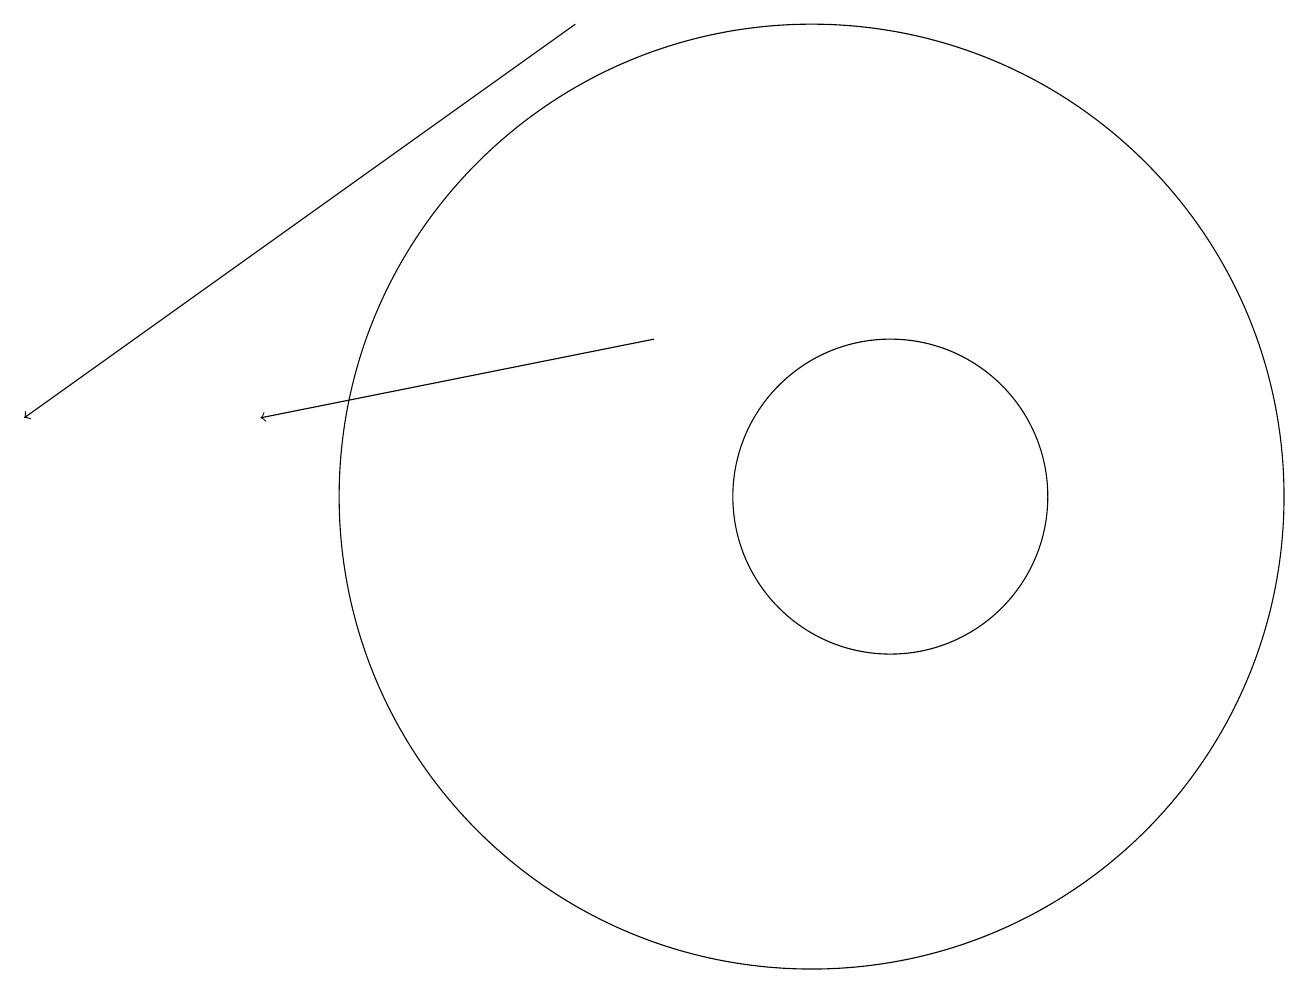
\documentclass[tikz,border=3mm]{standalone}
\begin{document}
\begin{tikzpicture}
\draw[->] (7,17) -- (0,12);
\draw[->] (8,13) -- (3,12);
\draw (10,11) circle (6);
\draw (11,11) circle (2);
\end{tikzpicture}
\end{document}